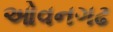
ઓવનગઢ